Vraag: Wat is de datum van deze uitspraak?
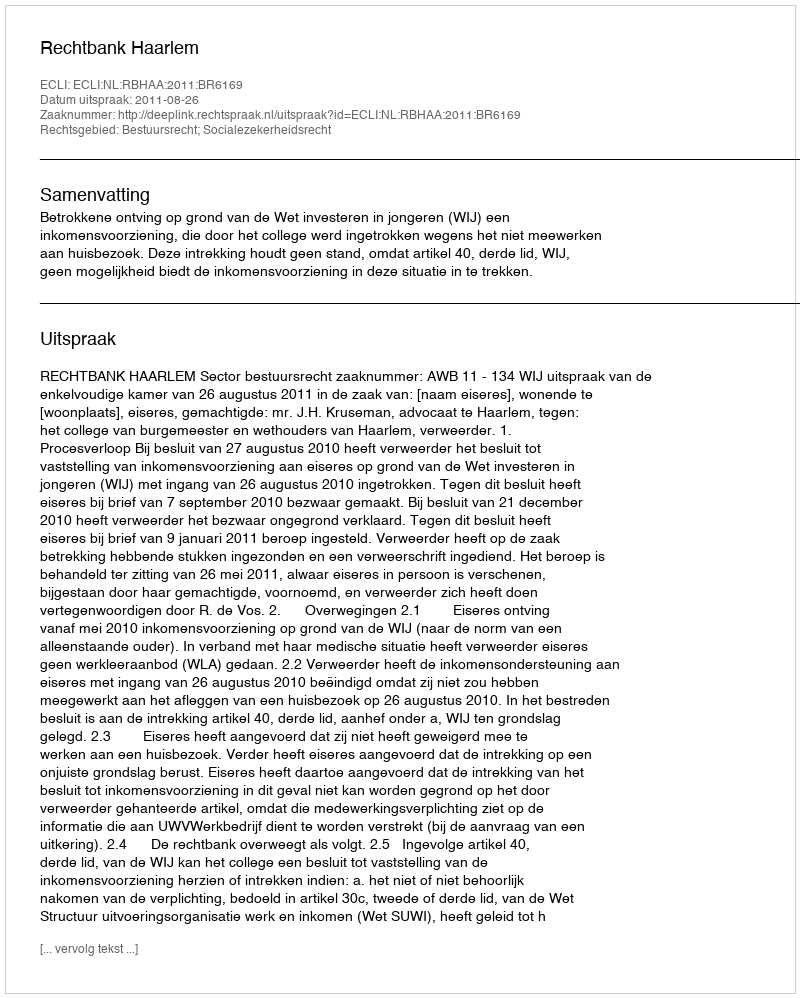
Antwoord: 2011-08-26